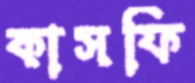
কাসফি